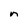
Character: n